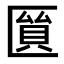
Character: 𠥘